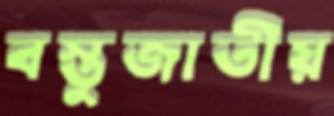
বস্তুজাতীয়